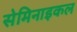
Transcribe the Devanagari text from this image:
सेमिनाइकल